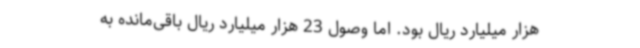
هزار میلیارد ریال بود. اما وصول 23 هزار میلیارد ریال باقی‌مانده به